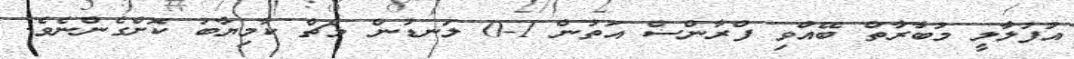
އުފުލާލީ މުބާރާތް ބޭއްވި ފްރާންސް އަތުން 1-0 ލަނޑުން މެޗް ކާމިޔާބު ކޮށްގެންނެވެ.